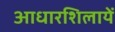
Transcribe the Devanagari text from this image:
आधारशिलायें